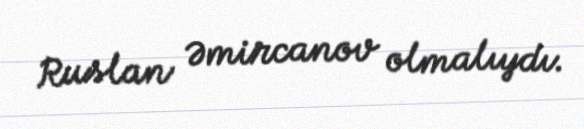
Ruslan Əmircanov olmalıydı.